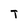
Character: T